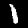
Label: 1